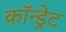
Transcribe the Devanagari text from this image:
कॉन्ड्रेट